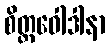
စိတ္တဝေါဒါနာ